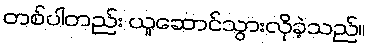
တစ်ပါတည်း ယူဆောင်သွားလိုခဲ့သည်။